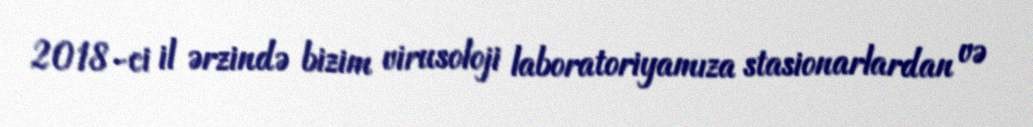
2018-ci il ərzində bizim virusoloji laboratoriyamıza stasionarlardan və